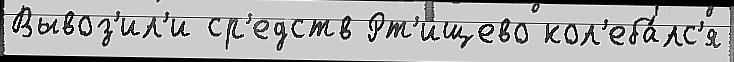
Вывоз'ил'и ср'едств Рт'ищево кол'еба́лс'я